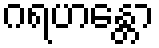
ဂရဟန္တော